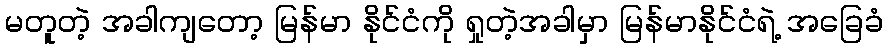
မတူတဲ့ အခါကျတော့ မြန်မာ နိုင်ငံကို ရှုတဲ့အခါမှာ မြန်မာနိုင်ငံရဲ့ အခြေခံ